Vaccination in Burma 1889-1999 - 1889-1999
Year: 1889
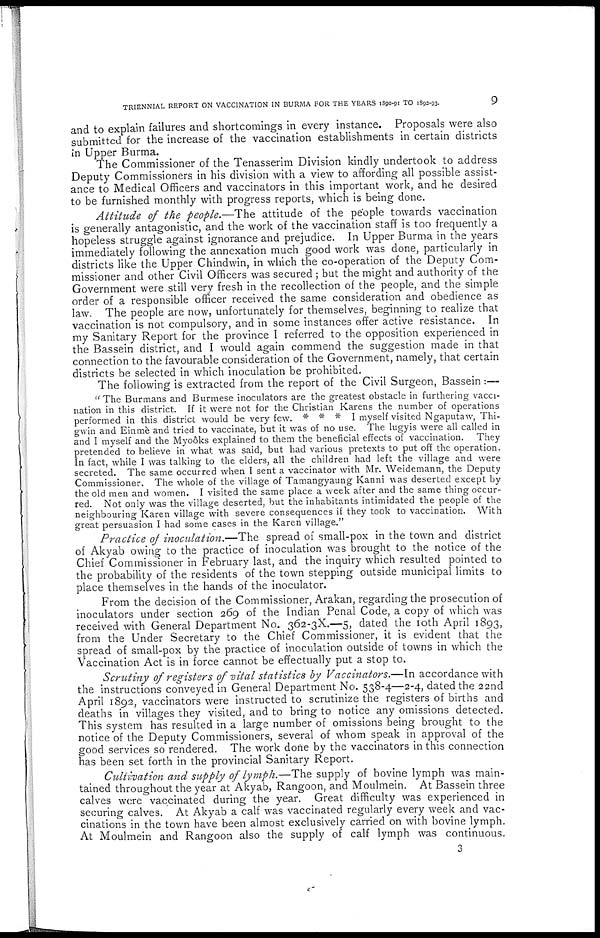
TRIENNIAL REPORT ON VACCINATION IN BURMA FOR THE YEARS 1890-91 TO 1892-93.
9
and to explain failures and shortcomings in every instance. Proposals were also
submitted for the increase of the vaccination establishments in certain districts
in Upper Burma.
The Commissioner of the Tenasserim Division kindly undertook to address
Deputy Commissioners in his division with a view to affording all possible assist-
ance to Medical Officers and vaccinators in this important work, and he desired
to be furnished monthly with progress reports, which is being done.
Attitude of the people.—The attitude of the people towards vaccination
is generally antagonistic, and the work of the vaccination staff is too frequently a
hopeless struggle against ignorance and prejudice. In Upper Burma in the years
immediately following the annexation much good work was done, particularly in
districts like the Upper Chindwin, in which the co-operation of the Deputy Com-
missioner and other Civil Officers was secured ; but the might and authority of the
Government were still very fresh in the recollection of the people, and the simple
order of a responsible officer received the same consideration and obedience as
law. The people are now, unfortunately for themselves, beginning to realize that
vaccination is not compulsory, and in some instances offer active resistance. In
my Sanitary Report for the province I referred to the opposition experienced in
the Bassein district, and I would again commend the suggestion made in that
connection to the favourable consideration of the Government, namely, that certain
districts be selected in which inoculation be prohibited.
The following is extracted from the report of the Civil Surgeon, Bassein :—
" The Burmans and Burmese inoculators are the greatest obstacle in furthering vacci-
nation in this district. If it were not for the Christian Karens the number of operations
performed in this district would be very few. * * * I myself visited Ngaputaw, Thi-
gwin and Einmè and tried to vaccinate, but it was of no use. The lugyis were all called in
and I myself and the Myoôks explained to them the beneficial effects of vaccination. They
pretended to believe in what was said, but had various pretexts to put off the operation,
In fact, while I was talking to the elders, all the children had left the village and were
secreted. The same occurred when I sent a vaccinator with Mr. Weidemann, the Deputy
Commissioner. The whole of the village of Tamangyaung Kanni was deserted except by
the old men and women. I visited the same place a week after and the same thing occur-
red. Not only was the village deserted, but the inhabitants intimidated the people of the
neighbouring Karen village with severe consequences if they took to vaccination. With
great persuasion I had some cases in the Karen village."
Practice of inoculation.—The spread of small-pox in the town and district
of Akyab owing to the practice of inoculation was brought to the notice of the
Chief Commissioner in February last, and the inquiry which resulted pointed to
the probability of the residents of the town stepping outside municipal limits to
place themselves in the hands of the inoculator.
From the decision of the Commissioner, Arakan, regarding the prosecution of
inoculators under section 269 of the Indian Penal Code, a copy of which was
received with General Department No. 362-3X.—5, dated the 10th April 1893,
from the Under Secretary to the Chief Commissioner, it is evident that the
spread of small-pox by the practice of inoculation outside of towns in which the
Vaccination Act is in force cannot be effectually put a stop to.
Scrutiny of registers of vital statistics by Vaccinators.—In accordance with
the instructions conveyed in General Department No. 538-4—2-4, dated the 22nd
April 1892, vaccinators were instructed to scrutinize the registers of births and
deaths in villages they visited, and to bring to notice any omissions detected.
This system has resulted in a large number of omissions being brought to the
notice of the Deputy Commissioners, several of whom speak in approval of the
good services so rendered. The work done by the vaccinators in this connection
has been set forth in the provincial Sanitary Report.
Cultivation and supply of lymph.—The supply of bovine lymph was main-
tained throughout the year at Akyab, Rangoon, and Moulmein. At Bassein three
calves were vaccinated during the year. Great difficulty was experienced in
securing calves. At Akyab a calf was vaccinated regularly every week and vac-
cinations in the town have been almost exclusively carried on with bovine lymph.
At Moulmein and Rangoon also the supply of calf lymph was continuous.
3